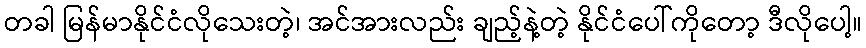
တခါ မြန်မာနိုင်ငံလိုသေးတဲ့၊ အင်အားလည်း ချည့်နဲ့တဲ့ နိုင်ငံပေါ်ကိုတော့ ဒီလိုပေါ့။